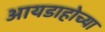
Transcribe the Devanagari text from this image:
आयडाहोच्या